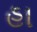
હા